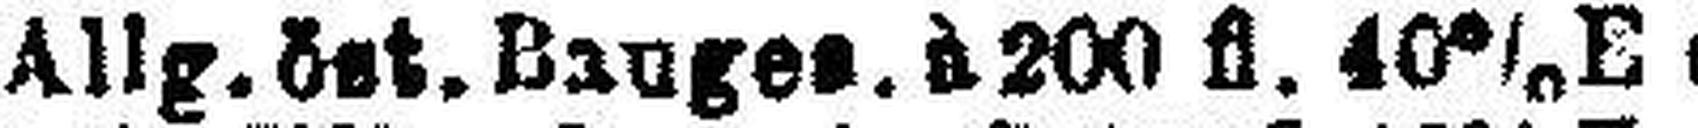
Allg. öst. Bauges. à 200 fl. 40% ex B.